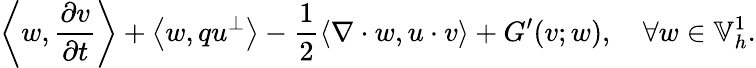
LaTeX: \left\langle w,\frac{\partial v}{\partial t}\right\rangle+\left\langle w,qu^{\perp}\right\rangle-\frac{1}{2}\left\langle\nabla\cdot w,u\cdot v\right\rangle+G^{\prime}(v;w),\quad\forall w\in\mathbb{V}_{h}^{1}.